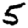
Digit: 5